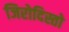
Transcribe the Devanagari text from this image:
जिरोदिस्तो